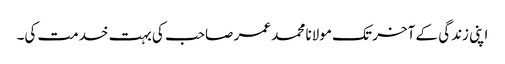
اپنی زندگی کے آخر تک مولانا محمد عمر صاحب کی بہت خدمت کی۔